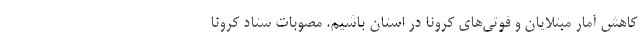
کاهش آمار مبتلایان و فوتی‌های کرونا در استان باشیم. مصوبات ستاد کرونا